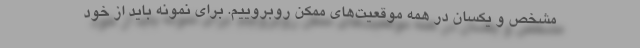
مشخص و یکسان در همه موقعیت‌های ممکن روبروییم. برای نمونه باید از خود